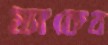
ম্যাকেব